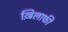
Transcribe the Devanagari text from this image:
ख़िलाफी